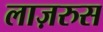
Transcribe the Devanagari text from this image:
लाज़रुस